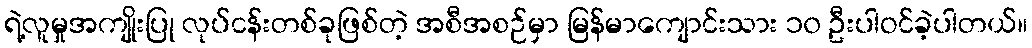
ရဲ့လူမှုအကျိုးပြု လုပ်ငန်းတစ်ခုဖြစ်တဲ့ အစီအစဉ်မှာ မြန်မာကျောင်းသား ၁၀ ဦးပါဝင်ခဲ့ပါတယ်။